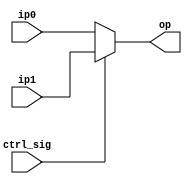
module mux2to1_16b(ip0, ip1, ctrl_sig, op);
input wire [15:0] ip1, ip0;
input wire ctrl_sig;
output reg [15:0] op;
always @(*)
begin
 op = (ctrl_sig) ? ip1: ip0;
 end
endmodule